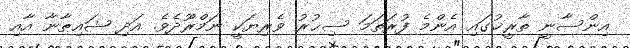
އިންސާނީ ތާރީޚުގައި އެންމެ ފުރަތަމަ ސިޙުރު ވެރިޔަކީ ނަމްރޫދެވެ. އަދި ޝައިޠާނާ އާއި